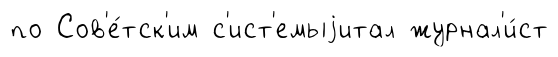
по Сов'е́тск'им с'ист'емыjитал журнал'и́ст